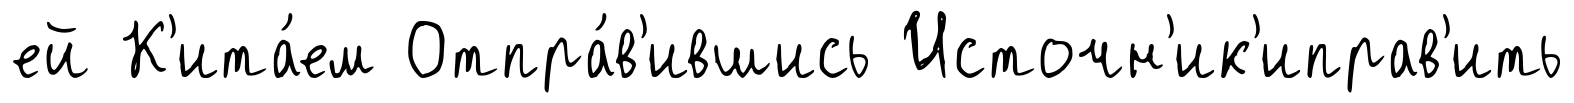
ей К'ита́ем Отпра́в'ившись Источн'ик'иправ'ить